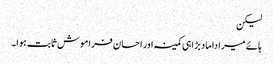
لیکن
ہائے میرا داماد بڑا ہی کمینہ اور احسان فراموش ثابت ہوا۔